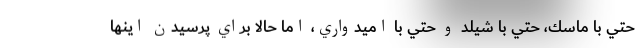
حتي با ماسك، حتي با شيلد و حتي با اميدواري، اما حالا براي پرسيدن اينها